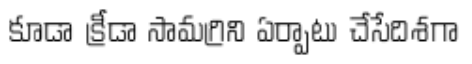
కూడా క్రీడా సామగ్రిని ఏర్పాటు చేసేదిశగా